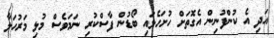
އަދި އެ ކުންފުނިން އެގޮތަށް ހުށަހެޅައި ބޯޑުން ފާސްކުރި ނަމަވެސް މުޅި މަރުހަލާ